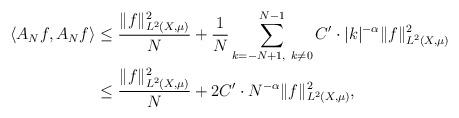
LaTeX: \begin{align*} \left<A_{N}f,A_{N}f\right> &\leq \frac{\|f\|^{2}_{L^{2}(X,\mu)}}{N} + \frac{1}{N}\sum_{k=-N+1,\ k\neq 0}^{N-1}C'\cdot \lvert k\rvert^{-\alpha}\|f\|^{2}_{L^{2}(X,\mu)} \\&\leq \frac{\|f\|^{2}_{L^{2}(X,\mu)}}{N}+ 2C'\cdot N^{-\alpha}\|f\|^{2}_{L^{2}(X,\mu)},\end{align*}